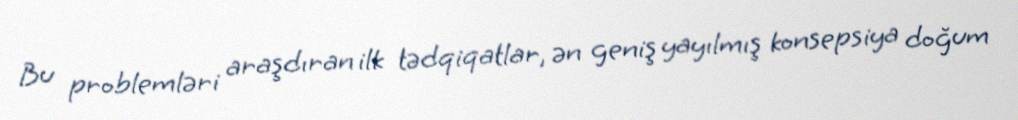
Bu problemləri araşdıran ilk tədqiqatlar, ən geniş yayılmış konsepsiya doğum